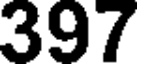
397